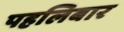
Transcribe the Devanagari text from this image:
पहलिबार